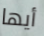
أيها